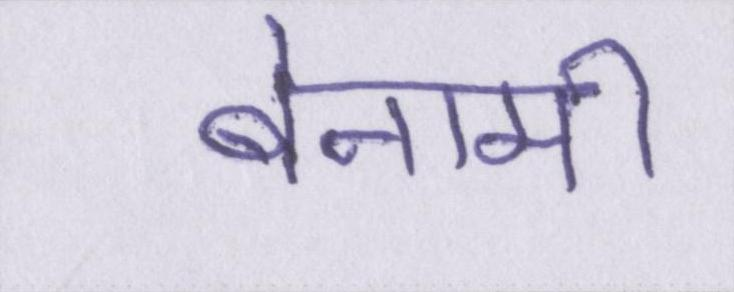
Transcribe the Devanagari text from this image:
बेनामी